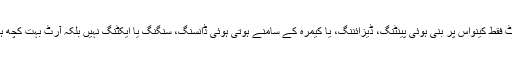
آرٹ فقط کینواس پر بنی ہوئی پینٹنگ، ڈیزائننگ، یا کیمرہ کے سامنے ہوتی ہوئی ڈانسنگ، سنگنگ یا ایکٹنگ نہیں بلکہ آرٹ بہت کچھ ہے۔